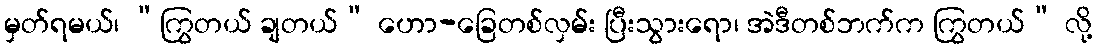
မှတ်ရမယ်၊ “ကြွတယ် ချတယ်” ဟော-ခြေတစ်လှမ်း ပြီးသွားရော၊ အဲဒီတစ်ဘက်က ကြွတယ်” လို့